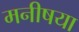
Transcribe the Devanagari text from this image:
मनीषया